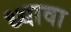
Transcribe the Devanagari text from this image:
ध्यावा